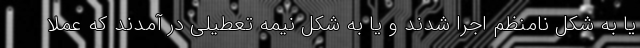
یا به شکل نامنظم اجرا شدند و یا به شکل نیمه تعطیلی در آمدند که عملا